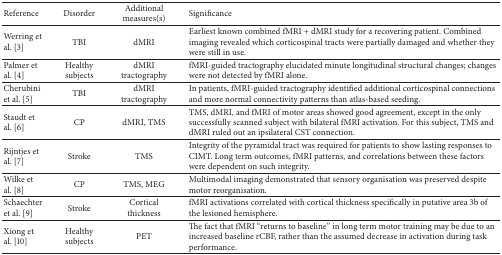
| Reference | Disorder | Additional measures(s) | Significance |
 | --- | --- | --- | --- |
 | Werring et al. [3] | TBI | dMRI | Earliest known combined fMRI + dMRI study for a recovering patient. Combined imaging revealed which corticospinal tracts were partially damaged and whether they were still in use. |
 | Palmer et al. [4] | Healthy subjects | dMRI tractography | fMRI-guided tractography elucidated minute longitudinal structural changes; changes were not detected by fMRI alone. |
 | Cherubini et al. [5] | TBI | dMRI tractography | In patients, fMRI-guided tractography identified additional corticospinal connections and more normal connectivity patterns than atlas-based seeding. |
 | Staudt et al. [6] | CP | dMRI, TMS | TMS, dMRI, and fMRI of motor areas showed good agreement, except in the only successfully scanned subject with bilateral fMRI activation. For this subject, TMS and dMRI ruled out an ipsilateral CST connection. |
 | Rijntjes et al. [7] | Stroke | TMS | Integrity of the pyramidal tract was required for patients to show lasting responses to CIMT. Long term outcomes, fMRI patterns, and correlations between these factors were dependent on such integrity. |
 | Wilke et al. [8] | CP | TMS, MEG | Multimodal imaging demonstrated that sensory organisation was preserved despite motor reorganisation. |
 | Schaechter et al. [9] | Stroke | Cortical thickness | fMRI activations correlated with cortical thickness specifically in putative area 3b of the lesioned hemisphere. |
 | Xiong et al. [10] | Healthy subjects | PET | The fact that fMRI “returns to baseline” in long term motor training may be due to an increased baseline rCBF, rather than the assumed decrease in activation during task performance. |